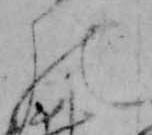
の